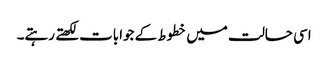
اسی حالت میں خطوط کے جوابات لکھتے رہتے۔